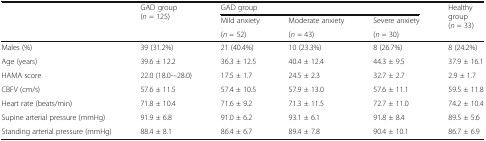
<table><thead><tr><td rowspan="3"></td><td rowspan="3"><b>GAD group (<i>n</i> = 125)</b></td><td colspan="3"><b>GAD group</b></td><td rowspan="3"><b>Healthy group (<i>n</i> = 33)</b></td></tr><tr><td><b>Mild anxiety</b></td><td><b>Moderate anxiety</b></td><td><b>Severe anxiety</b></td></tr><tr><td><b>(<i>n</i> = 52)</b></td><td><b>(<i>n</i> = 43)</b></td><td><b>(<i>n</i> = 30)</b></td></tr></thead><tbody><tr><td>Males (%)</td><td>39 (31.2%)</td><td>21 (40.4%)</td><td>10 (23.3%)</td><td>8 (26.7%)</td><td>8 (24.2%)</td></tr><tr><td>Age (years)</td><td>39.6 ± 12.2</td><td>36.3 ± 12.5</td><td>40.4 ± 12.4</td><td>44.3 ± 9.5</td><td>37.9 ± 16.1</td></tr><tr><td>HAMA score</td><td>22.0 (18.0-–28.0)</td><td>17.5 ± 1.7</td><td>24.5 ± 2.3</td><td>32.7 ± 2.7</td><td>2.9 ± 1.7</td></tr><tr><td>CBFV (cm/s)</td><td>57.6 ± 11.5</td><td>57.4 ± 10.5</td><td>57.9 ± 13.0</td><td>57.6 ± 11.1</td><td>59.5 ± 11.8</td></tr><tr><td>Heart rate (beats/min)</td><td>71.8 ± 10.4</td><td>71.6 ± 9.2</td><td>71.3 ± 11.5</td><td>72.7 ± 11.0</td><td>74.2 ± 10.4</td></tr><tr><td>Supine arterial pressure (mmHg)</td><td>91.9 ± 6.8</td><td>91.0 ± 6.2</td><td>93.1 ± 6.1</td><td>91.8 ± 8.4</td><td>89.5 ± 5.6</td></tr><tr><td>Standing arterial pressure (mmHg)</td><td>88.4 ± 8.1</td><td>86.4 ± 6.7</td><td>89.4 ± 7.8</td><td>90.4 ± 10.1</td><td>86.7 ± 6.9</td></tr></tbody></table>